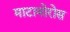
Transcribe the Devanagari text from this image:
माटामोरोस